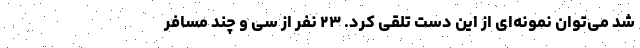
شد می‌توان نمونه‌ای از این دست تلقی کرد. ۲۳ نفر از سی و چند مسافر